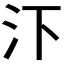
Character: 𪵩